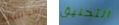
كوانتيكو التحليق